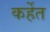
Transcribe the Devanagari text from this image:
कर्हेत